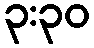
၃:၃၀